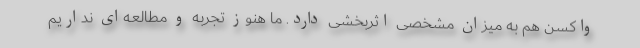
واکسن هم به میزان مشخصی اثربخشی دارد. ما هنوز تجربه و مطالعه‌ای نداریم